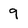
Character: 9